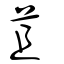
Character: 苴